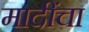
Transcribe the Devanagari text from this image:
मादींचा